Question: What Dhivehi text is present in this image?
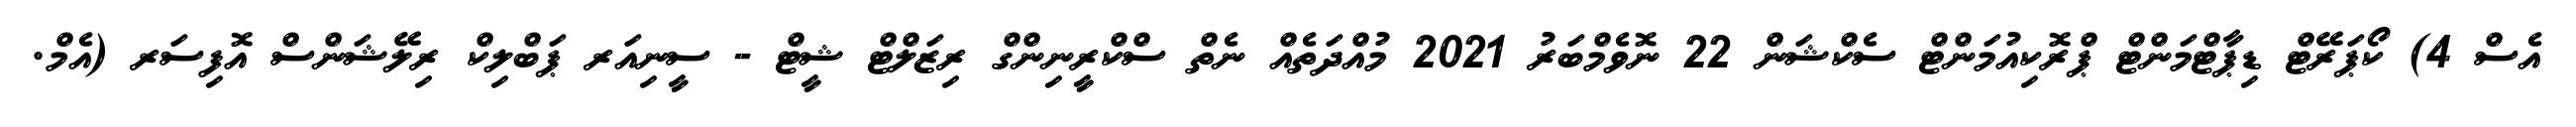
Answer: އެސް 4) ކޯޕަރޭޓް ޑިޕާޓްމަންޓް ޕްރޮކިއުމަންޓް ސެކްޝަން 22 ނޮވެމްބަރު 2021 މުއްދަތެއް ނެތް ސްކްރީނިންގް ރިޒަލްޓް ޝީޓް - ސީނިއަރ ޕަބްލިކް ރިލޭޝަންސް އޮފިސަރ (އެމް.